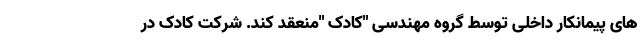
های پیمانکار داخلی توسط گروه مهندسی "کادک "منعقد کند. شرکت کادک در